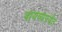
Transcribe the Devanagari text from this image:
वायव्येपर्यंत